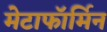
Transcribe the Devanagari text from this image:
मेटाफॉर्मिन